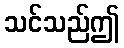
သင်သည်ဤ